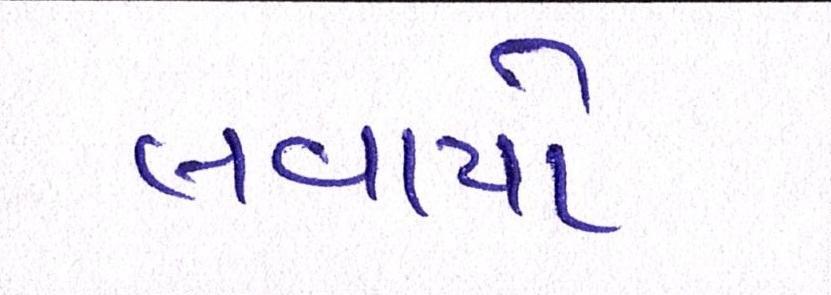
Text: લવાયો